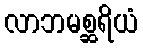
လာဘမစ္ဆရိယံ